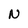
Character: N